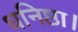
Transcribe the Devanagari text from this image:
धनिष्ठा।